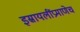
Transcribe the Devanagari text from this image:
इस्रायलींप्रमाणेच